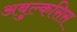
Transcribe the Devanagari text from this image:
अबुल्कसिस